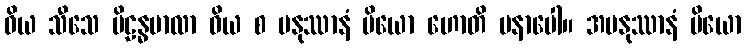
ဝိယ သီသေ ပိဠန္ဓမာလာ ဝိယ စ မနုဿာနံ ပိယော ဟောတိ မနာပေါ။ အမနုဿာနံ ပိယော